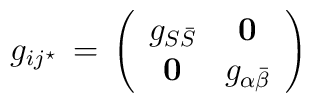
g_{ij^\star} \, = \,\left(\begin{array}{cc}g_{S\bar S} & {\bf0}\\ {\bf 0} & g_{\alpha \bar\beta}\end{array}\right)